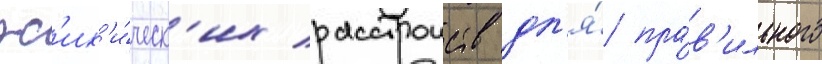
пс'их'и́ческ'их расстроиств дл'я́ пра́в'ильного